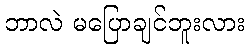
ဘာလဲ မပြောချင်ဘူးလား